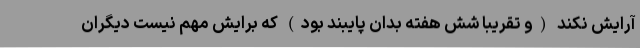
آرایش نکند (و تقریبا شش هفته بدان پایبند بود) که برایش مهم نیست دیگران